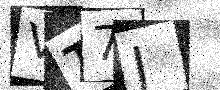
Text: VT7J